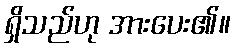
ရှိသည်ဟု အားပေး၏။